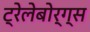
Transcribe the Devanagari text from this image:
ट्रेलेबोर्ग्स